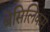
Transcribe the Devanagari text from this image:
बेसिलिकम